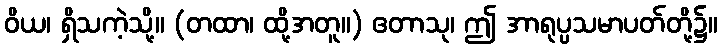
ဝိယ၊ ရှိသကဲ့သို့။ (တထာ၊ ထို့အတူ။) ဧတာသု၊ ဤ အာရုပ္ပသမာပတ်တို့၌။